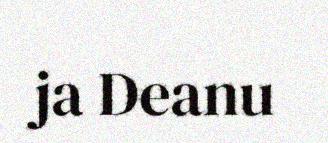
ja Deanu